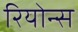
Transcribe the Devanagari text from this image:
रियोन्स